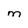
Character: M